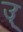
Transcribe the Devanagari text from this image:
उ्